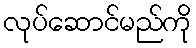
လုပ်ဆောင်မည်ကို